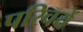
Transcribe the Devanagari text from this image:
परिचयें